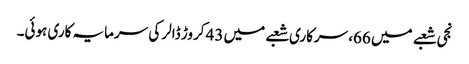
نجی شعبے میں 66، سرکاری شعبے میں 43 کروڑ ڈالر کی سرمایہ کاری ہوئی۔